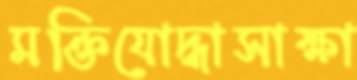
মক্তিযোদ্ধাসাক্ষা